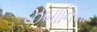
ઝબાનિયા